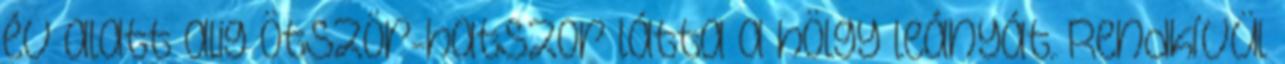
év alatt alig ötször-hatszor látta a hölgy leányát. Rendkívül